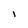
Character: l